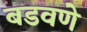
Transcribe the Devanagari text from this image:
बडवणे